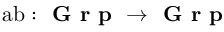
{ \mathrm { a b } } : { \textbf { G r p } } \to { \textbf { G r p } }